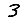
Digit: 3